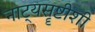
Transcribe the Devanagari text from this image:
नाट्यसॄष्टीशी